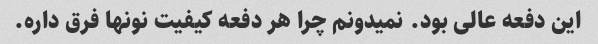
این دفعه عالی بود. نمیدونم چرا هر دفعه کیفیت نونها فرق داره.